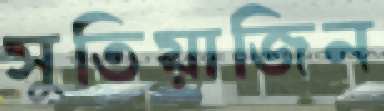
সুতিয়াজিন